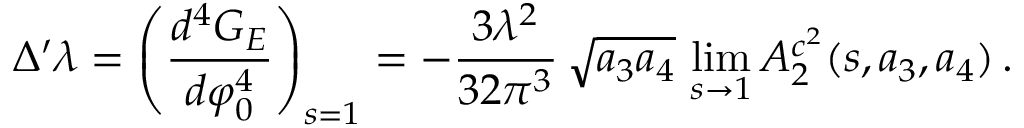
\Delta ^ { \prime } \lambda = \left( \frac { d ^ { 4 } G _ { E } } { d \varphi _ { 0 } ^ { 4 } } \right) _ { s = 1 } = - \frac { 3 \lambda ^ { 2 } } { 3 2 \pi ^ { 3 } } \, \sqrt { a _ { 3 } a _ { 4 } } \, \operatorname * { l i m } _ { s \rightarrow 1 } A _ { 2 } ^ { c ^ { 2 } } ( s , a _ { 3 } , a _ { 4 } ) \, .